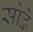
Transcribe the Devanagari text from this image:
सोढे